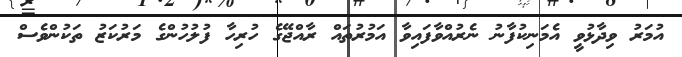
އުމަރު ވިދާޅުވީ އެމަނިކުފާނު ނެރުއްވާފައިވާ އަމުރުތައް ރާއްޖޭގެ ހުރިހާ ފުލުހުންގެ މަރުކަޒު ތަކުންވެސް